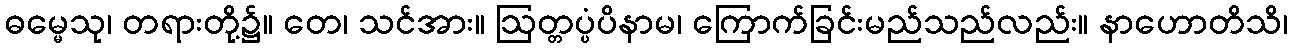
ဓမ္မေသု၊ တရားတို့၌။ တေ၊ သင်အား။ ဩတ္တပ္ပံပိနာမ၊ ကြောက်ခြင်းမည်သည်လည်း။ နာဟောတိသိ၊